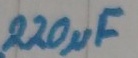
Text: 220µF